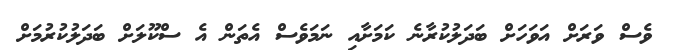
ވެސް ވަރަށް އަވަހަށް ބަދަލުކުރާނެ ކަމަށާއި ނަމަވެސް އެތަން އެ ސްކޫލަށް ބަދަލުކުރުމަށް